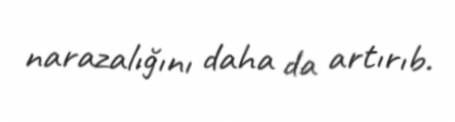
narazalığını daha da artırıb.